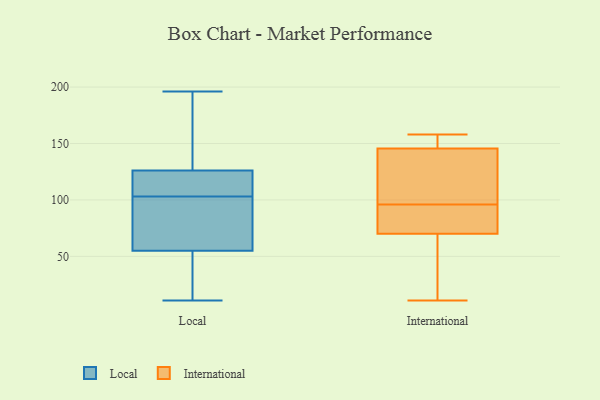
{"axis": {"x": "Gross Profit (USD K)", "y": "Value"}, "legend": ["International", "Local"], "data": [{"x": "", "y": 145, "type": "Local"}, {"x": "", "y": 87, "type": "Local"}, {"x": "", "y": 122, "type": "Local"}, {"x": "", "y": 196, "type": "Local"}, {"x": "", "y": 112, "type": "Local"}, {"x": "", "y": 11, "type": "Local"}, {"x": "", "y": 127, "type": "Local"}, {"x": "", "y": 59, "type": "Local"}, {"x": "", "y": 20, "type": "Local"}, {"x": "", "y": 23, "type": "Local"}, {"x": "", "y": 161, "type": "Local"}, {"x": "", "y": 125, "type": "Local"}, {"x": "", "y": 118, "type": "Local"}, {"x": "", "y": 80, "type": "Local"}, {"x": "", "y": 51, "type": "Local"}, {"x": "", "y": 94, "type": "Local"}, {"x": "", "y": 158, "type": "International"}, {"x": "", "y": 39, "type": "International"}, {"x": "", "y": 11, "type": "International"}, {"x": "", "y": 100, "type": "International"}, {"x": "", "y": 60, "type": "International"}, {"x": "", "y": 146, "type": "International"}, {"x": "", "y": 154, "type": "International"}, {"x": "", "y": 145, "type": "International"}, {"x": "", "y": 136, "type": "International"}, {"x": "", "y": 155, "type": "International"}, {"x": "", "y": 79, "type": "International"}, {"x": "", "y": 79, "type": "International"}, {"x": "", "y": 109, "type": "International"}, {"x": "", "y": 81, "type": "International"}, {"x": "", "y": 92, "type": "International"}, {"x": "", "y": 61, "type": "International"}]}